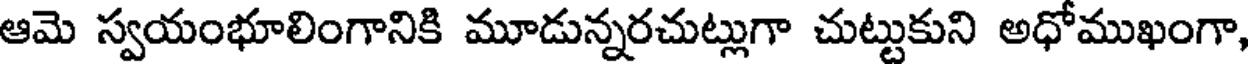
ఆమె స్వయంభూలింగానికి మూడున్నరచుట్లుగా చుట్టుకుని అధోముఖంగా,